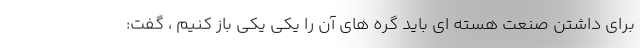
برای داشتن صنعت هسته ای باید گره های آن را یکی یکی باز کنیم ، گفت: